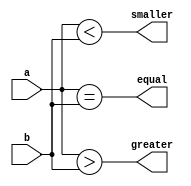
module nbit_comparator (a,b,smaller,equal,greater);
    
parameter N = 7;
input [N-1:0]a,b;
output reg smaller, equal, greater;

always @(*) begin
    
    smaller = (a<b);
    equal = (a==b);
    greater = (a>b);

end

endmodule